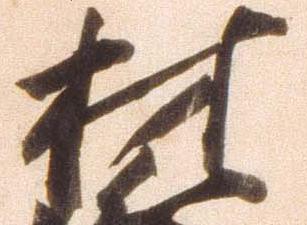
材